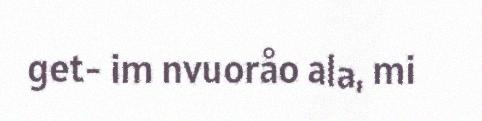
get- im nvuoråo ala, mi